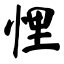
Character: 悝